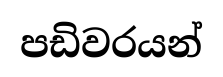
පඩිවරයන්